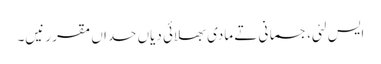
ایس لئی، جسمانی تے مادی بھلائی دیاں حداں مقرر نیں۔